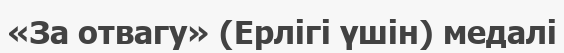
«За отвагу» (Ерлігі үшін) медалі